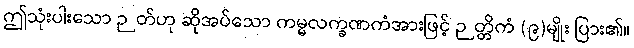
ဤသုံးပါးသော ဉတ်ဟု ဆိုအပ်သော ကမ္မလက္ခဏကံအားဖြင့် ဉတ္တိကံ (၉)မျိုး ပြား၏။